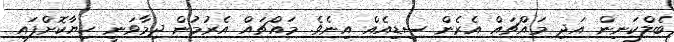
ބެލްކަނިން އަދި މައްޗައް އެރެން ސިޑިއެއް އިނެވެ. މައްޗައް އެރުމުން ދިމާވަނީ ހިޔާކޮށްފައި